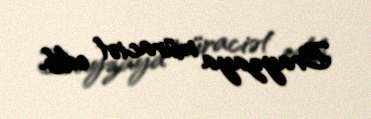
Brayzaya müraciət edib.